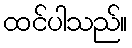
ထင်ပါသည်။